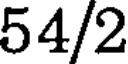
54/2